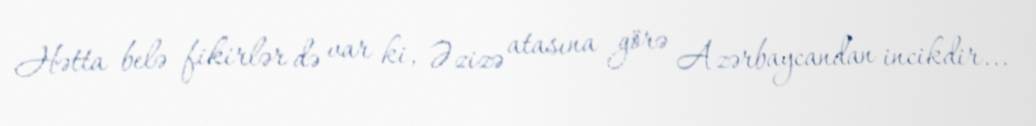
Hətta belə fikirlər də var ki, Əzizə atasına görə Azərbaycandan incikdir...